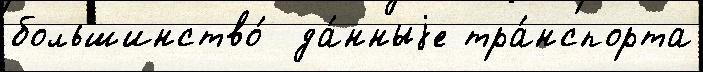
большинство́  да́нныjе тра́нспорта